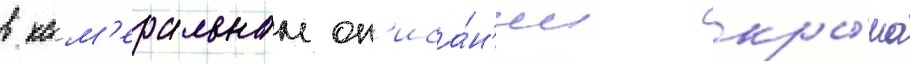
в кам'еральном оп'иса́н'ии кры́ма